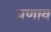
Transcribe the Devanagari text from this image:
प्रणाव